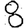
Digit: 8